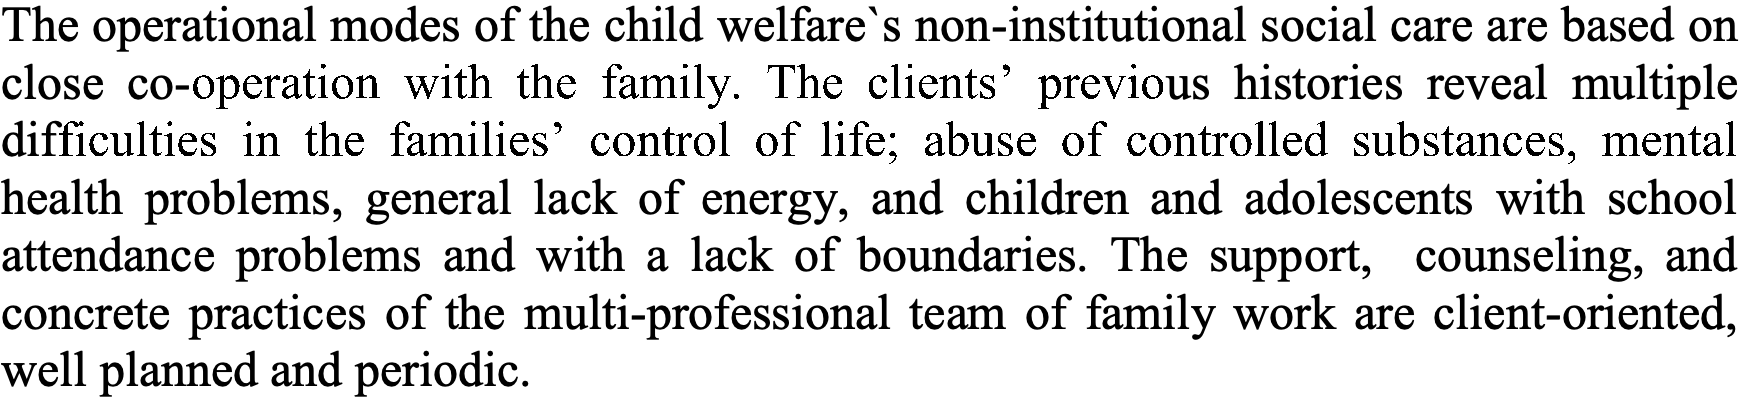
The operational modes of the child welfare`s non-institutional social care are based on close co-operation with the family. The clients’ previous histories reveal multiple difficulties in the families’ control of life; abuse of controlled substances, mental health problems, general lack of energy, and children and adolescents with school attendance problems and with a lack of boundaries. The support, counseling, and concrete practices of the multi-professional team of family work are client-oriented, well planned and periodic.